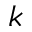
k